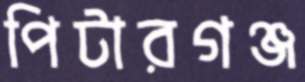
পিটারগঞ্জ